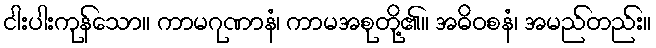
ငါးပါးကုန်သော။ ကာမဂုဏာနံ၊ ကာမအစုတို့၏။ အဓိဝစနံ၊ အမည်တည်း။